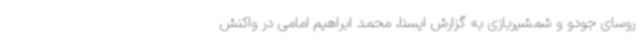
روسای جودو و شمشیربازی به گزارش ایسنا، محمد ابراهیم امامی در واکنش